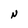
Character: N